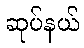
ဆုပ်နယ်